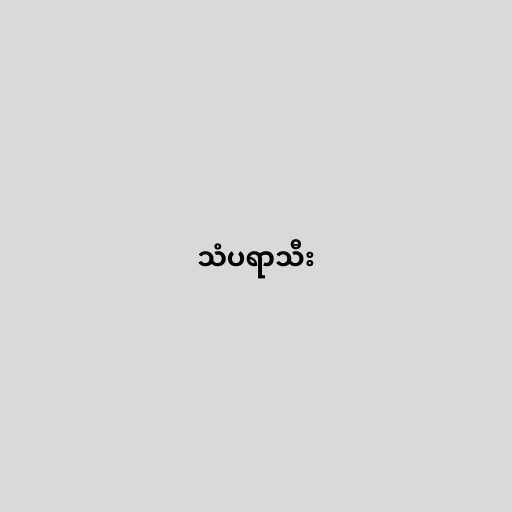
သံပရာသီး